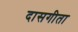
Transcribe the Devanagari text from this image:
दासगीता